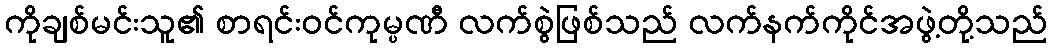
ကိုချစ်မင်းသူ၏ စာရင်းဝင်ကုမ္ပဏီ လက်စွဲဖြစ်သည် လက်နက်ကိုင်အဖွဲ့တို့သည်